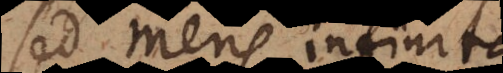
Sed mens infinita